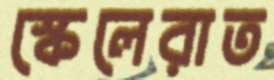
স্কেলেরাত